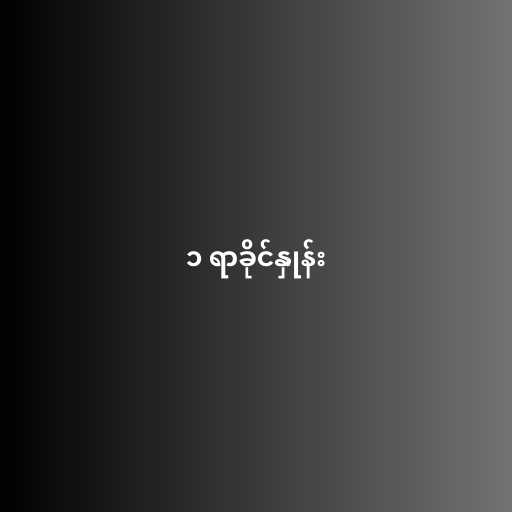
၁ ရာခိုင်နှုန်း